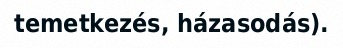
temetkezés, házasodás).